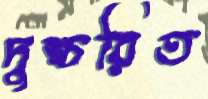
দুশ্চরিত